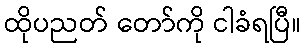
ထိုပညတ် တော်ကို ငါခံရပြီ။